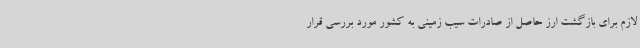
لازم برای بازگشت ارز حاصل از صادرات سیب زمینی به کشور مورد بررسی قرار